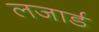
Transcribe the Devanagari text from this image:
लजार्ड